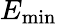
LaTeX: E_{\textrm{min}}